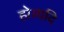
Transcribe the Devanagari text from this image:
हो।यदि